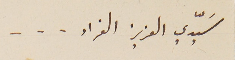
سَيّدي العزيز الفراد ...